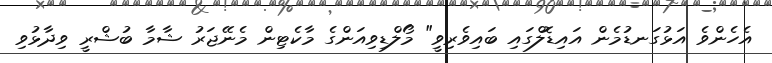
އެހެންވެ އަޅުގަނޑުމެން އައިޑޮލްގައި ބައިވެރިވީ" މޯލްޑިވިއަންގެ މާކެޓިން މެނޭޖަރު ޝާމާ ބުޝްރީ ވިދާޅުވި